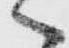
へ